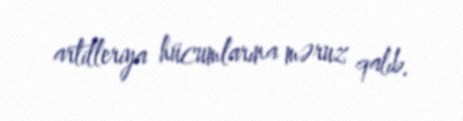
artilleriya hücumlarına məruz qalıb.